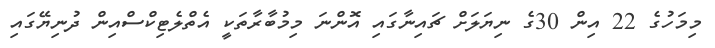
މިމަހުގެ 22 އިން 30ގެ ނިޔަލަށް ޗައިނާގައި އޮންނަ މިމުބާރާތަކީ އެތްލެޓިކްސްއިން ދުނިޔޭގައި